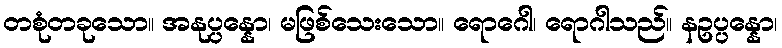
တစုံတခုသော။ အနုပ္ပန္နော၊ မဖြစ်သေးသော။ ရောဂေါ၊ ရောဂါသည်။ နဥပ္ပန္နော၊